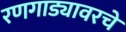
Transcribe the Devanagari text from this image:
रणगाड्यावरचे